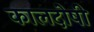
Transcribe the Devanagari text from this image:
कालदोषी